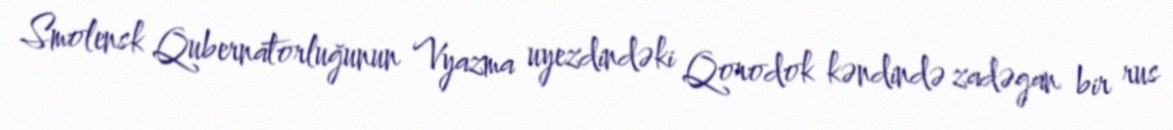
Smolensk Qubernatorluğunun Vyazma uyezdindəki Qorodok kəndində zadəgan bir rus